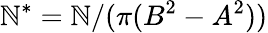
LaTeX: \mathbb{N}^{*}=\mathbb{N}/(\pi(B^{2}-A^{2}))